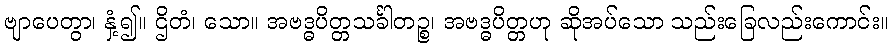
ဗျာပေတွာ၊ နှံ့၍။ ဌိတံ၊ သော။ အဗဒ္ဓပိတ္တသင်္ခါတဉ္စ၊ အဗဒ္ဓပိတ္တဟု ဆိုအပ်သော သည်းခြေလည်းကောင်း။